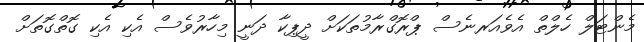
މެންޓަލް ހެލްތް އެވެއަރނެސް ޕްރޮގްރާމުތަކަށް ދީޕިކާ ދަނީ މިހާރުވެސް އެކި އެކި ގޮތްގޮތަށް